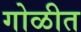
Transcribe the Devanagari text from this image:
गोळीत